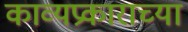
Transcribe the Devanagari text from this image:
काव्यप्रकाराच्या